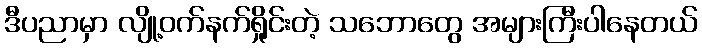
ဒီပညာမှာ လျို့ဝက်နက်ရှိုင်းတဲ့ သဘောတွေ အများကြီးပါနေတယ်